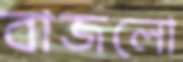
বাজলো